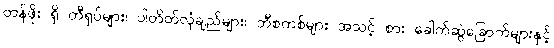
တန်ဖိုး ရှိ တီရှပ်များ၊ ပါတိတ်လုံချည်များ၊ ဘီစကစ်များ အသင့် စား ခေါက်ဆွဲခြောက်များနှင့်